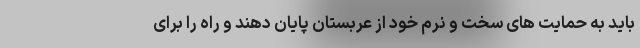
باید به حمایت های سخت و نرم خود از عربستان پایان دهند و راه را برای